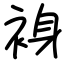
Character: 裑